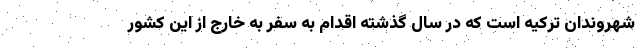
شهروندان ترکیه است که در سال گذشته اقدام به سفر به خارج از این کشور